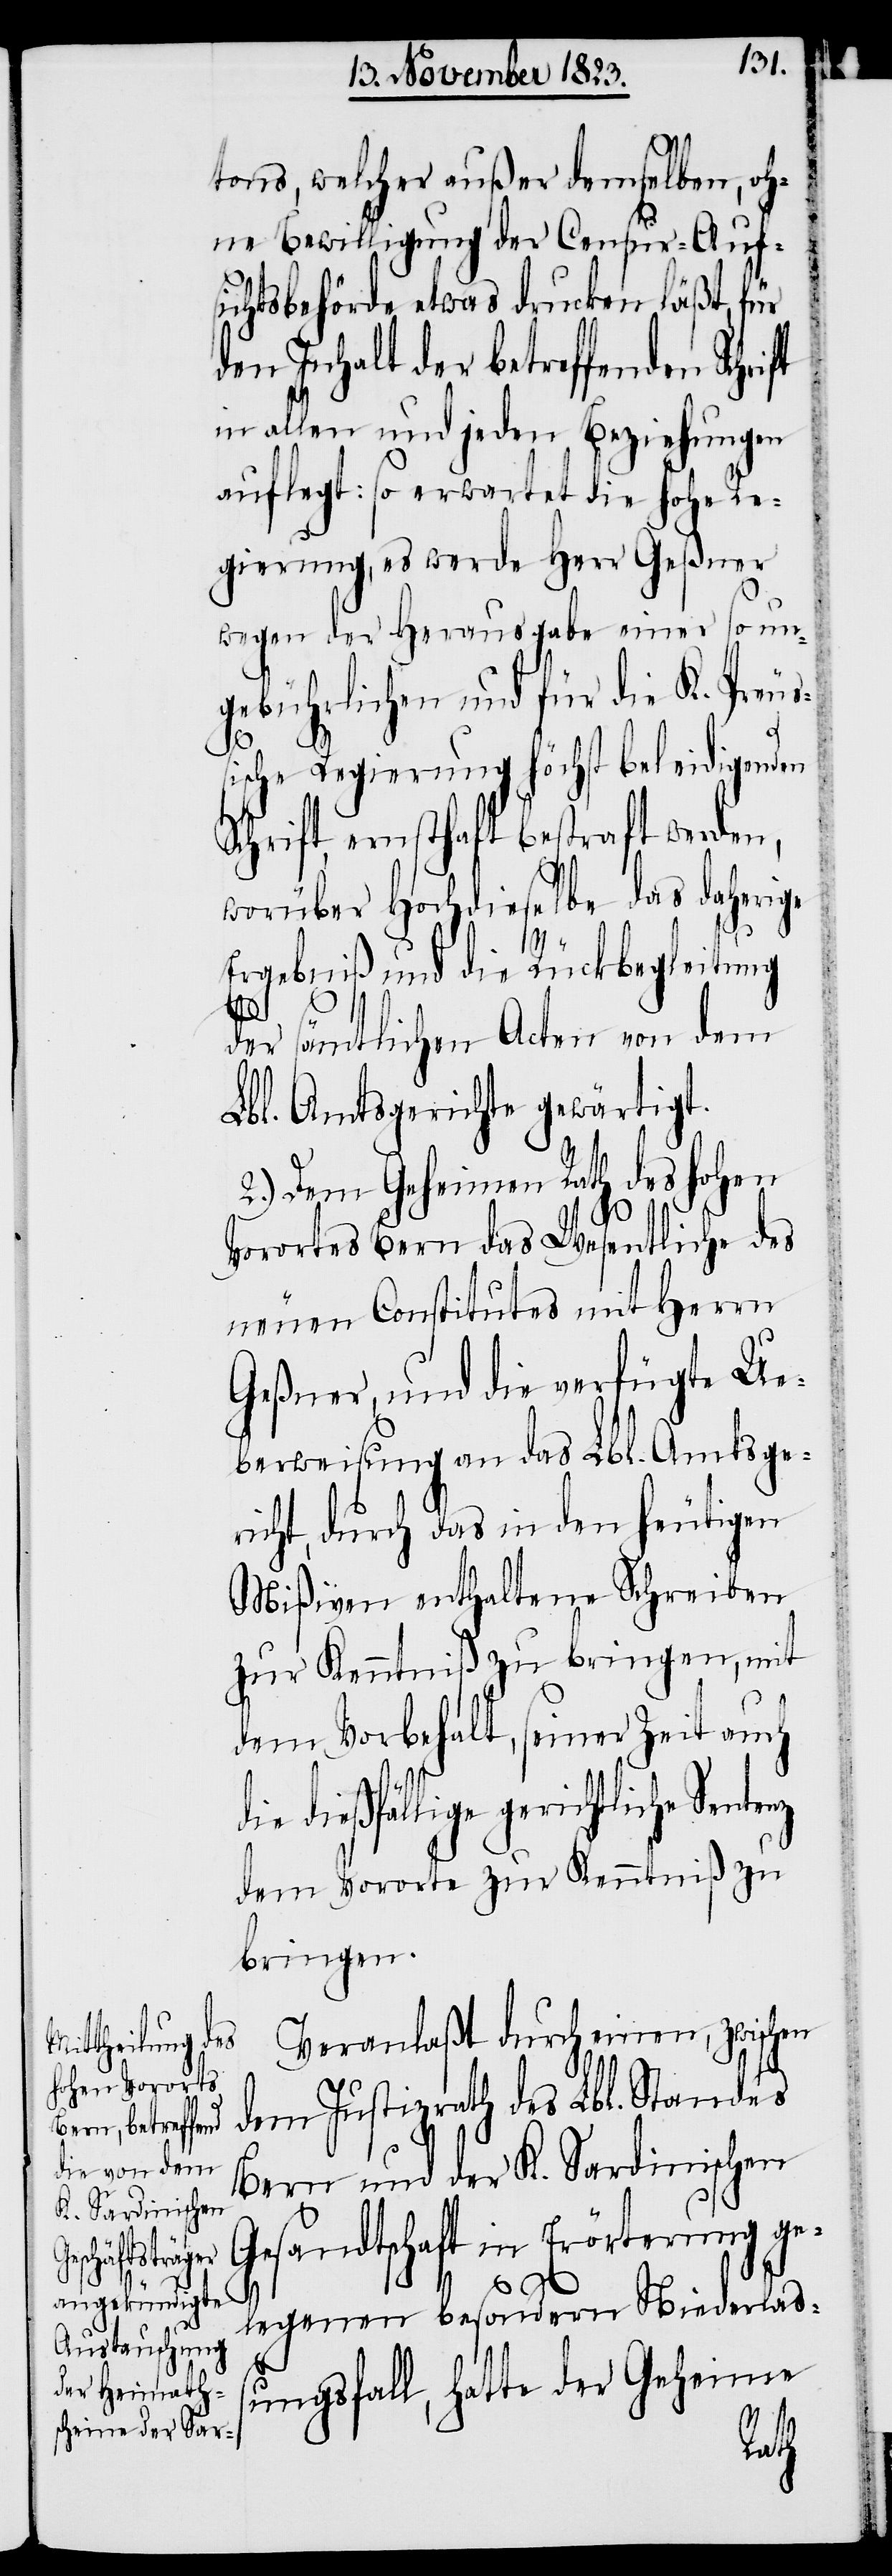
tons, welcher außer demselben, oh¬
ne Bewilligung der Censur-Aufs¬
ichtsbehörde etwas drucken läßt, für
den Inhalt der betreffenden Schrift
in allen und jeden Beziehungen
auflegt: so erwartet die hohe Re¬
gierung, es werde Herr Geßner
wegen der Herausgabe einer so un¬
gebührlichen und für die K. Preuß¬
ische Regierung höchst beleidigenden
Schrift, ernsthaft bestraft werden,
worüber Hochdieselbe das daherige
Ergebniß und die Rückbegleitung
der sämtlichen Acten von dem
Lbl. Amtsgerichte gewärtigt.
2.) Dem Geheimen Rath des hohen
Vorortes Bern das Wesentliche des
neuen Constitutes mit Herrn
Geßner, und die verfügte Ue¬
berweisung an das Lbl. Amtsge¬
richt, durch das in den heutigen
Mißiven enthaltene Schreiben
zur Kenntniß zu bringen, mit
dem Vorbehalt, seiner Zeit auch
dießfällige gerichtliche
dem Vororte zur Kenntniß zu
bringen.
Veranlaßt durch einen, zwischen
dem Justizrath des Lbl. Standes
Bern und der K. Sardinischen
Gesandtschaft in Erörterung ge¬
legenen besondern Niederlaß¬
ungsfall, hatte der Geheime